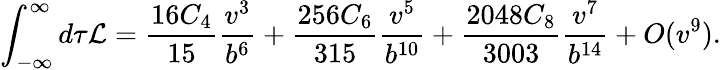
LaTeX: \int_{-\infty}^{\infty}d\tau{\cal L}=\frac{16C_{4}}{15}\frac{v^{3}}{b^{6}}+\frac{256C_{6}}{315}\frac{v^{5}}{b^{10}}+\frac{2048C_{8}}{3003}\frac{v^{7}}{b^{14}}+O(v^{9}).